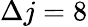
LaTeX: \Delta j=8